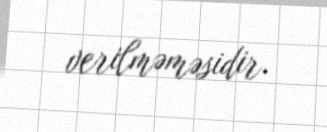
verilməməsidir.